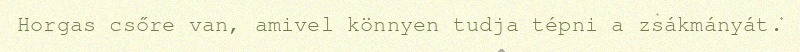
Horgas csőre van, amivel könnyen tudja tépni a zsákmányát.